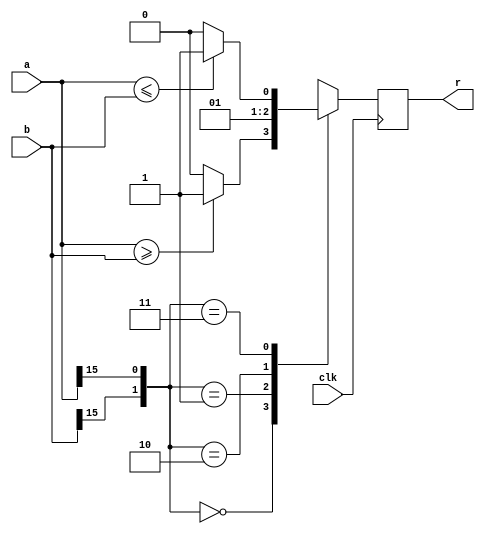
`timescale 1ns / 1ps
//-----------------------------------------------
// Company: agh
// Description: comparator greater equal
//-----------------------------------------------
module cmp_gte #
(
  parameter DATA_W=16
)
(
  input clk,
  input [DATA_W-1:0] a,
  input [DATA_W-1:0] b,
  output r
);
//-----------------------------------------------
reg r_r=1'b0;
//-----------------------------------------------
always @(posedge clk)
begin

  case({b[DATA_W-1],a[DATA_W-1]})
    2'b00:
      if(a>=b) r_r<=1'b1;
      else r_r<=1'b0;	 
	 2'b01:
	   r_r<=1'b0;
	 2'b10:
	   r_r<=1'b1;
	 2'b11:
      if(a<=b) r_r<=1'b1;
      else r_r<=1'b0;
  endcase

end
//-----------------------------------------------
assign r=r_r;
//-----------------------------------------------
endmodule
//-----------------------------------------------